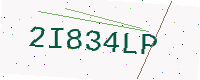
Text: 2I834LP